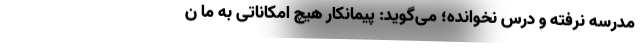
مدرسه نرفته و درس نخوانده؛ می‌گوید: پیمانکار هیچ امکاناتی به ما ن